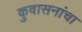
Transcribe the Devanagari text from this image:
कुवासनांचा